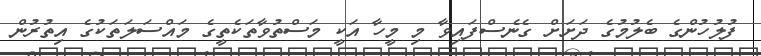
ފުލުހުންގެ ބެލުމުގެ ދަށަށް ގެނެސްފައިވާ މި މީހާ އަކީ މަސްތުވާތަކެތީގެ މައްސަލަތަކުގެ އިތުރުން